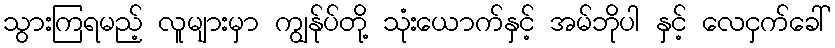
သွားကြရမည့် လူများမှာ ကျွန်ုပ်တို့ သုံးယောက်နှင့် အမ်ဘိုပါ နှင့် လေငှက်ခေါ်